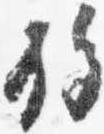
施